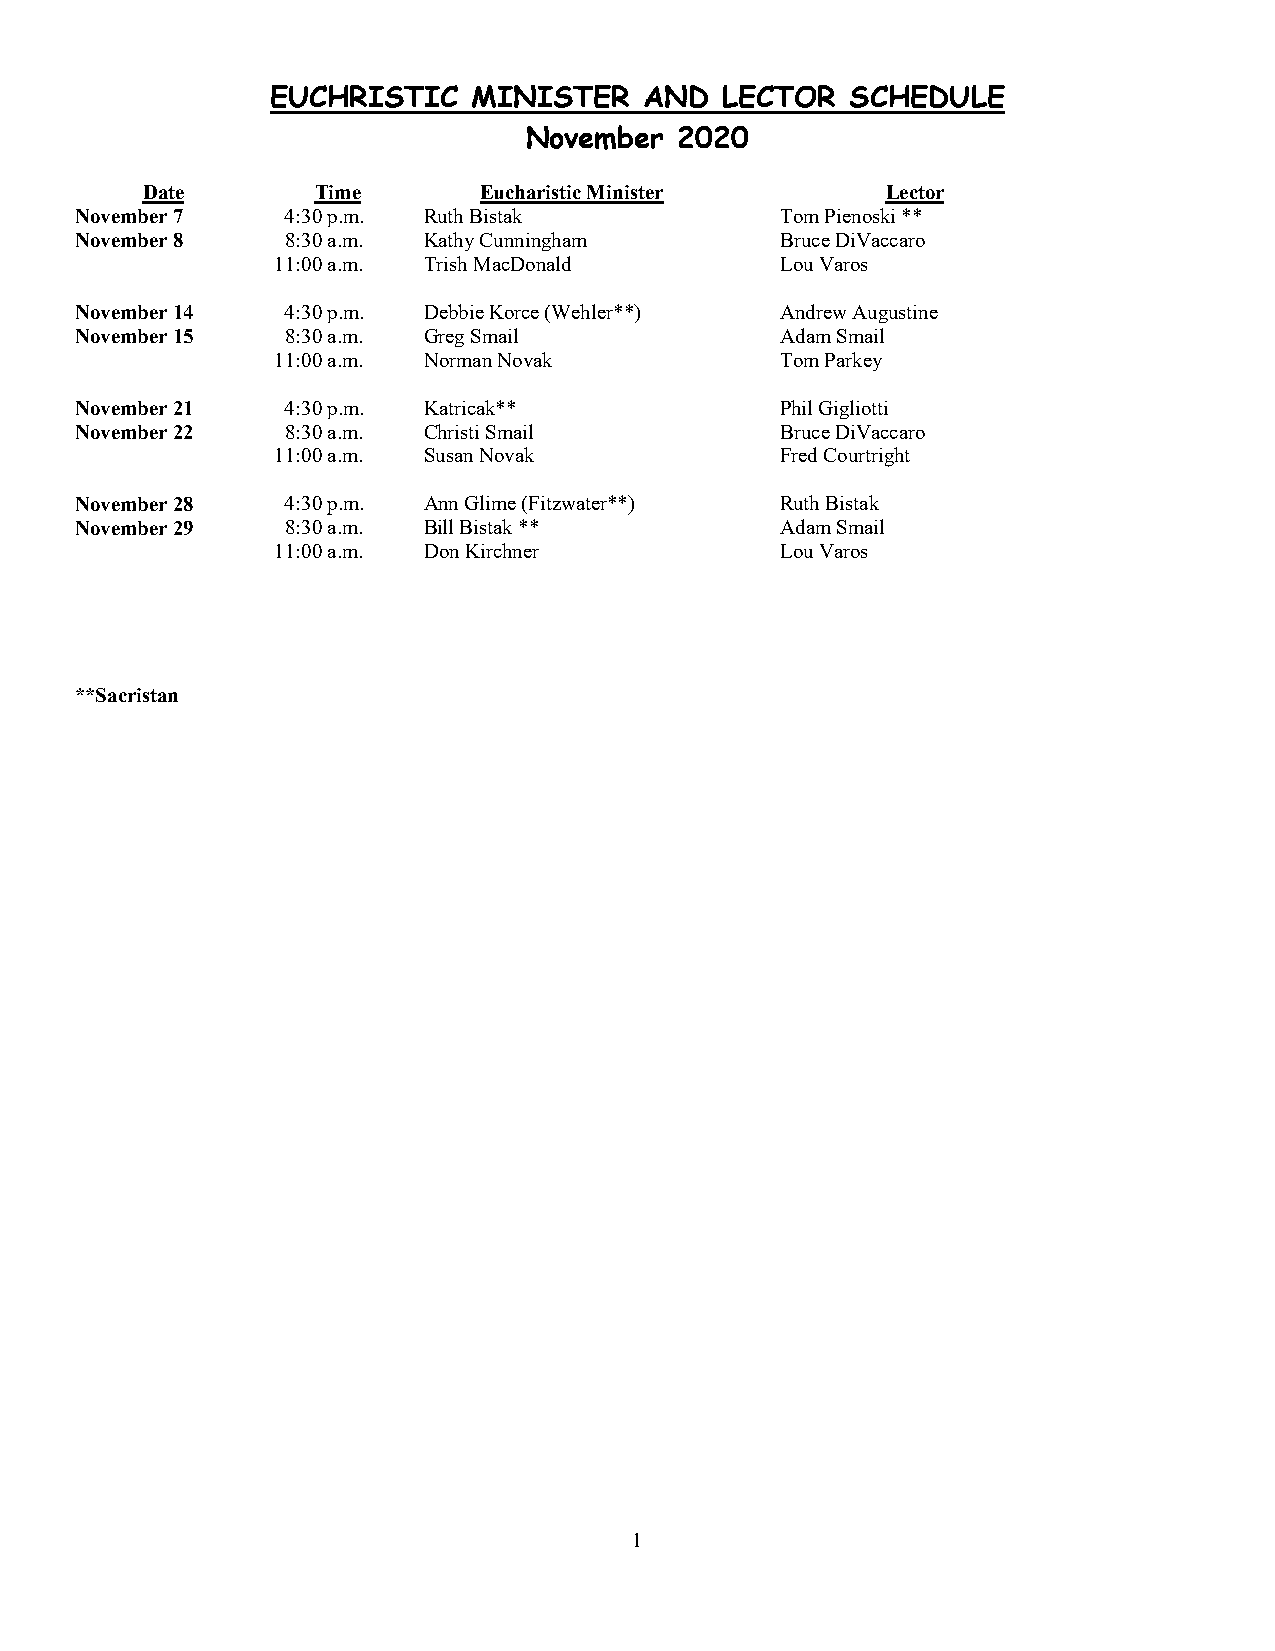
EUCHRISTIC   MINISTER    AND  LECTOR  SCHEDULE
 November  2020
 Date        Time       Eucharistic Minister       Lector
 November 7    4:30 p.m. Ruth Bistak            Tom Pienoski **
 November 8    8:30 a.m. Kathy Cunningham       Bruce DiVaccaro
 11:00 a.m. Trish MacDonald        Lou Varos
 November 14   4:30 p.m. Debbie Korce (Wehler**) Andrew Augustine
 November 15   8:30 a.m. Greg Smail             Adam Smail
 11:00 a.m. Norman Novak           Tom Parkey
 November 21   4:30 p.m. Katricak**             Phil Gigliotti
 November 22   8:30 a.m. Christi Smail          Bruce DiVaccaro
 11:00 a.m. Susan Novak            Fred Courtright
 November 28   4:30 p.m. Ann Glime (Fitzwater**) Ruth Bistak
 November 29   8:30 a.m. Bill Bistak **         Adam Smail
 11:00 a.m. Don Kirchner           Lou Varos
 **Sacristan
 1